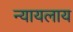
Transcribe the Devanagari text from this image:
न्यायलाय